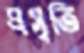
প্রসৃতি